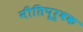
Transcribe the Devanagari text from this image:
नीतिपूर्वक